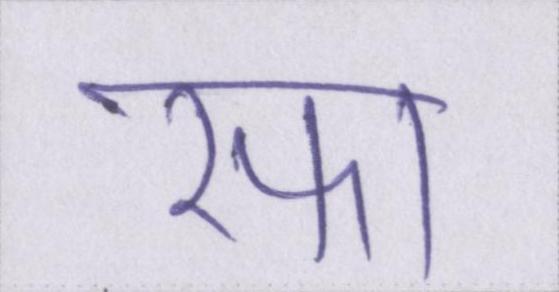
रफा